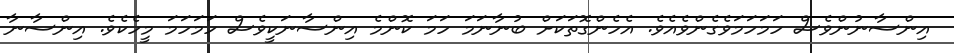
އިންސާނުންވެސް ހަމަހަމަވެގެންވެއެވެ. އެހެންގޮތަކަށް ބުނާނަމަ ހަމަ ކޮންމެ އިންސާނަކީވެސް ހަމަހަމަ މީހެކެވެ. އިންސާނާ